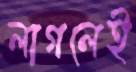
লাগলেই